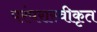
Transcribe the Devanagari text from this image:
परंपरास्वीकृत